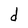
Character: d